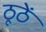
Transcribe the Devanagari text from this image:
ठूठें